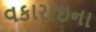
વકારાઇના